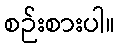
စဉ်းစားပါ။